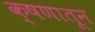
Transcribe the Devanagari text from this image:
क्षणातून